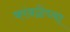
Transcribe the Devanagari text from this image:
कांबळेंच्या